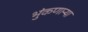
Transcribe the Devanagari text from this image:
भुंकणाऱ्या